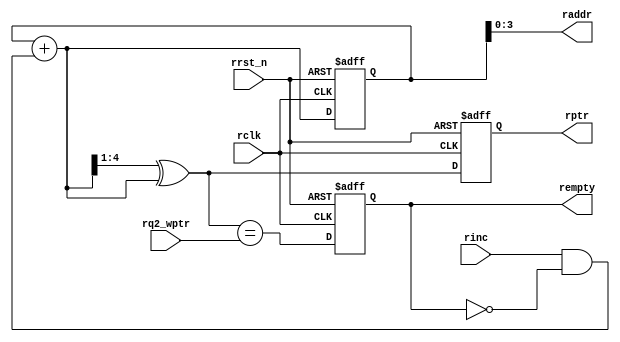
module rptr_empty #(  parameter ADDRSIZE = 4)
(
    output  reg                     rempty,
    output      [ADDRSIZE-1 : 0]    raddr,
    output  reg [ADDRSIZE   : 0]    rptr,
    input       [ADDRSIZE   : 0]    rq2_wptr,
    input                           rinc, rclk, rrst_n
);

reg     [ADDRSIZE : 0] rbin;
wire    [ADDRSIZE : 0] rgraynext, rbinnext;

//----------------------------------------------------------------
//GRAYSTYLE pointer
//----------------------------------------------------------------
always@(posedge rclk, negedge rrst_n)begin
    if(!rrst_n)
        {rbin, rptr} <= 0;
    else
        {rbin, rptr} <= {rbinnext, rgraynext};
end

// Memory read-address pointer
assign raddr    = rbin[ADDRSIZE-1 : 0];

assign rbinnext     = rbin + (rinc & ~rempty);
assign rgraynext    = (rbinnext >> 1) ^ rbinnext;

//----------------------------------------------------------------
//FIFO empty when the next rptr == synchronized wptr or on reset
//----------------------------------------------------------------
assign rempty_val = (rgraynext == rq2_wptr);

always@(posedge rclk, negedge rrst_n) begin
    if(!rrst_n)
        rempty <= 1'b1;
    else
        rempty <= rempty_val; 
end

    
endmodule